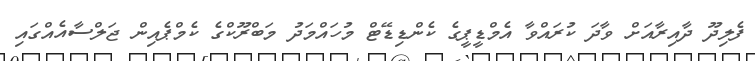
ފެލިދޫ ދާއިރާއަށް ވާދަ ކުރައްވާ އެމްޑީޕީގެ ކެންޑިޑޭޓް މުހައްމަދު މަބްރޫކްގެ ކެމްޕެއިން ޖަލްސާއެއްގައި